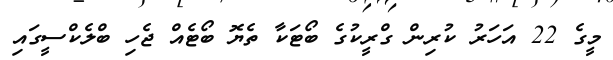
މީގެ 22 އަހަރު ކުރިން ގްރީކުގެ ބޯޓަކާ ތެޔޮ ބޯޓެއް ޖެހި ބްލެކްސީގައި